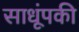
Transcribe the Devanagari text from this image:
साधूंपकी